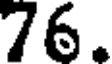
76.